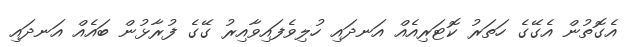
އެގޮތުން އެގޭގެ ހަތަރު ކޮޓަރިއެއް އަނދައި ހުލިވެފައިވާއިރު ގޭގެ ފުރާޅުން ބައެއް އަނދައި